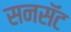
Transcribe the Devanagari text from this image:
सनसॅट